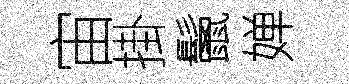
宙掛鬛婵